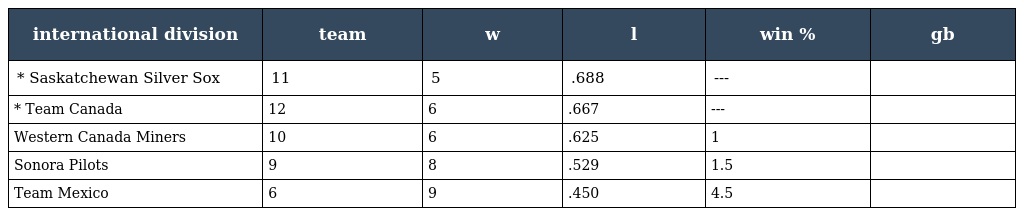
| international division | team | w | l | win % | gb |
 | --- | --- | --- | --- | --- | --- |
 | * Saskatchewan Silver Sox | 11 | 5 | .688 | --- |  |
 | * Team Canada | 12 | 6 | .667 | --- |  |
 | Western Canada Miners | 10 | 6 | .625 | 1 |  |
 | Sonora Pilots | 9 | 8 | .529 | 1.5 |  |
 | Team Mexico | 6 | 9 | .450 | 4.5 |  |